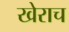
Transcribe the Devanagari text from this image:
खेराच